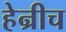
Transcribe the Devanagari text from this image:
हेन्रीच